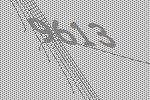
9613